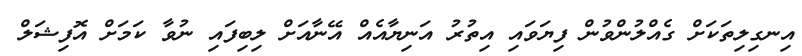
އިނގިލިތަކަށް ގެއްލުންވުން ފިޔަވައި އިތުރު އަނިޔާއެއް އޭނާއަށް ލިބިފައި ނުވާ ކަމަށް އޮފިޝަލް